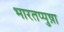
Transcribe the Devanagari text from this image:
भारतप्पुष़ा